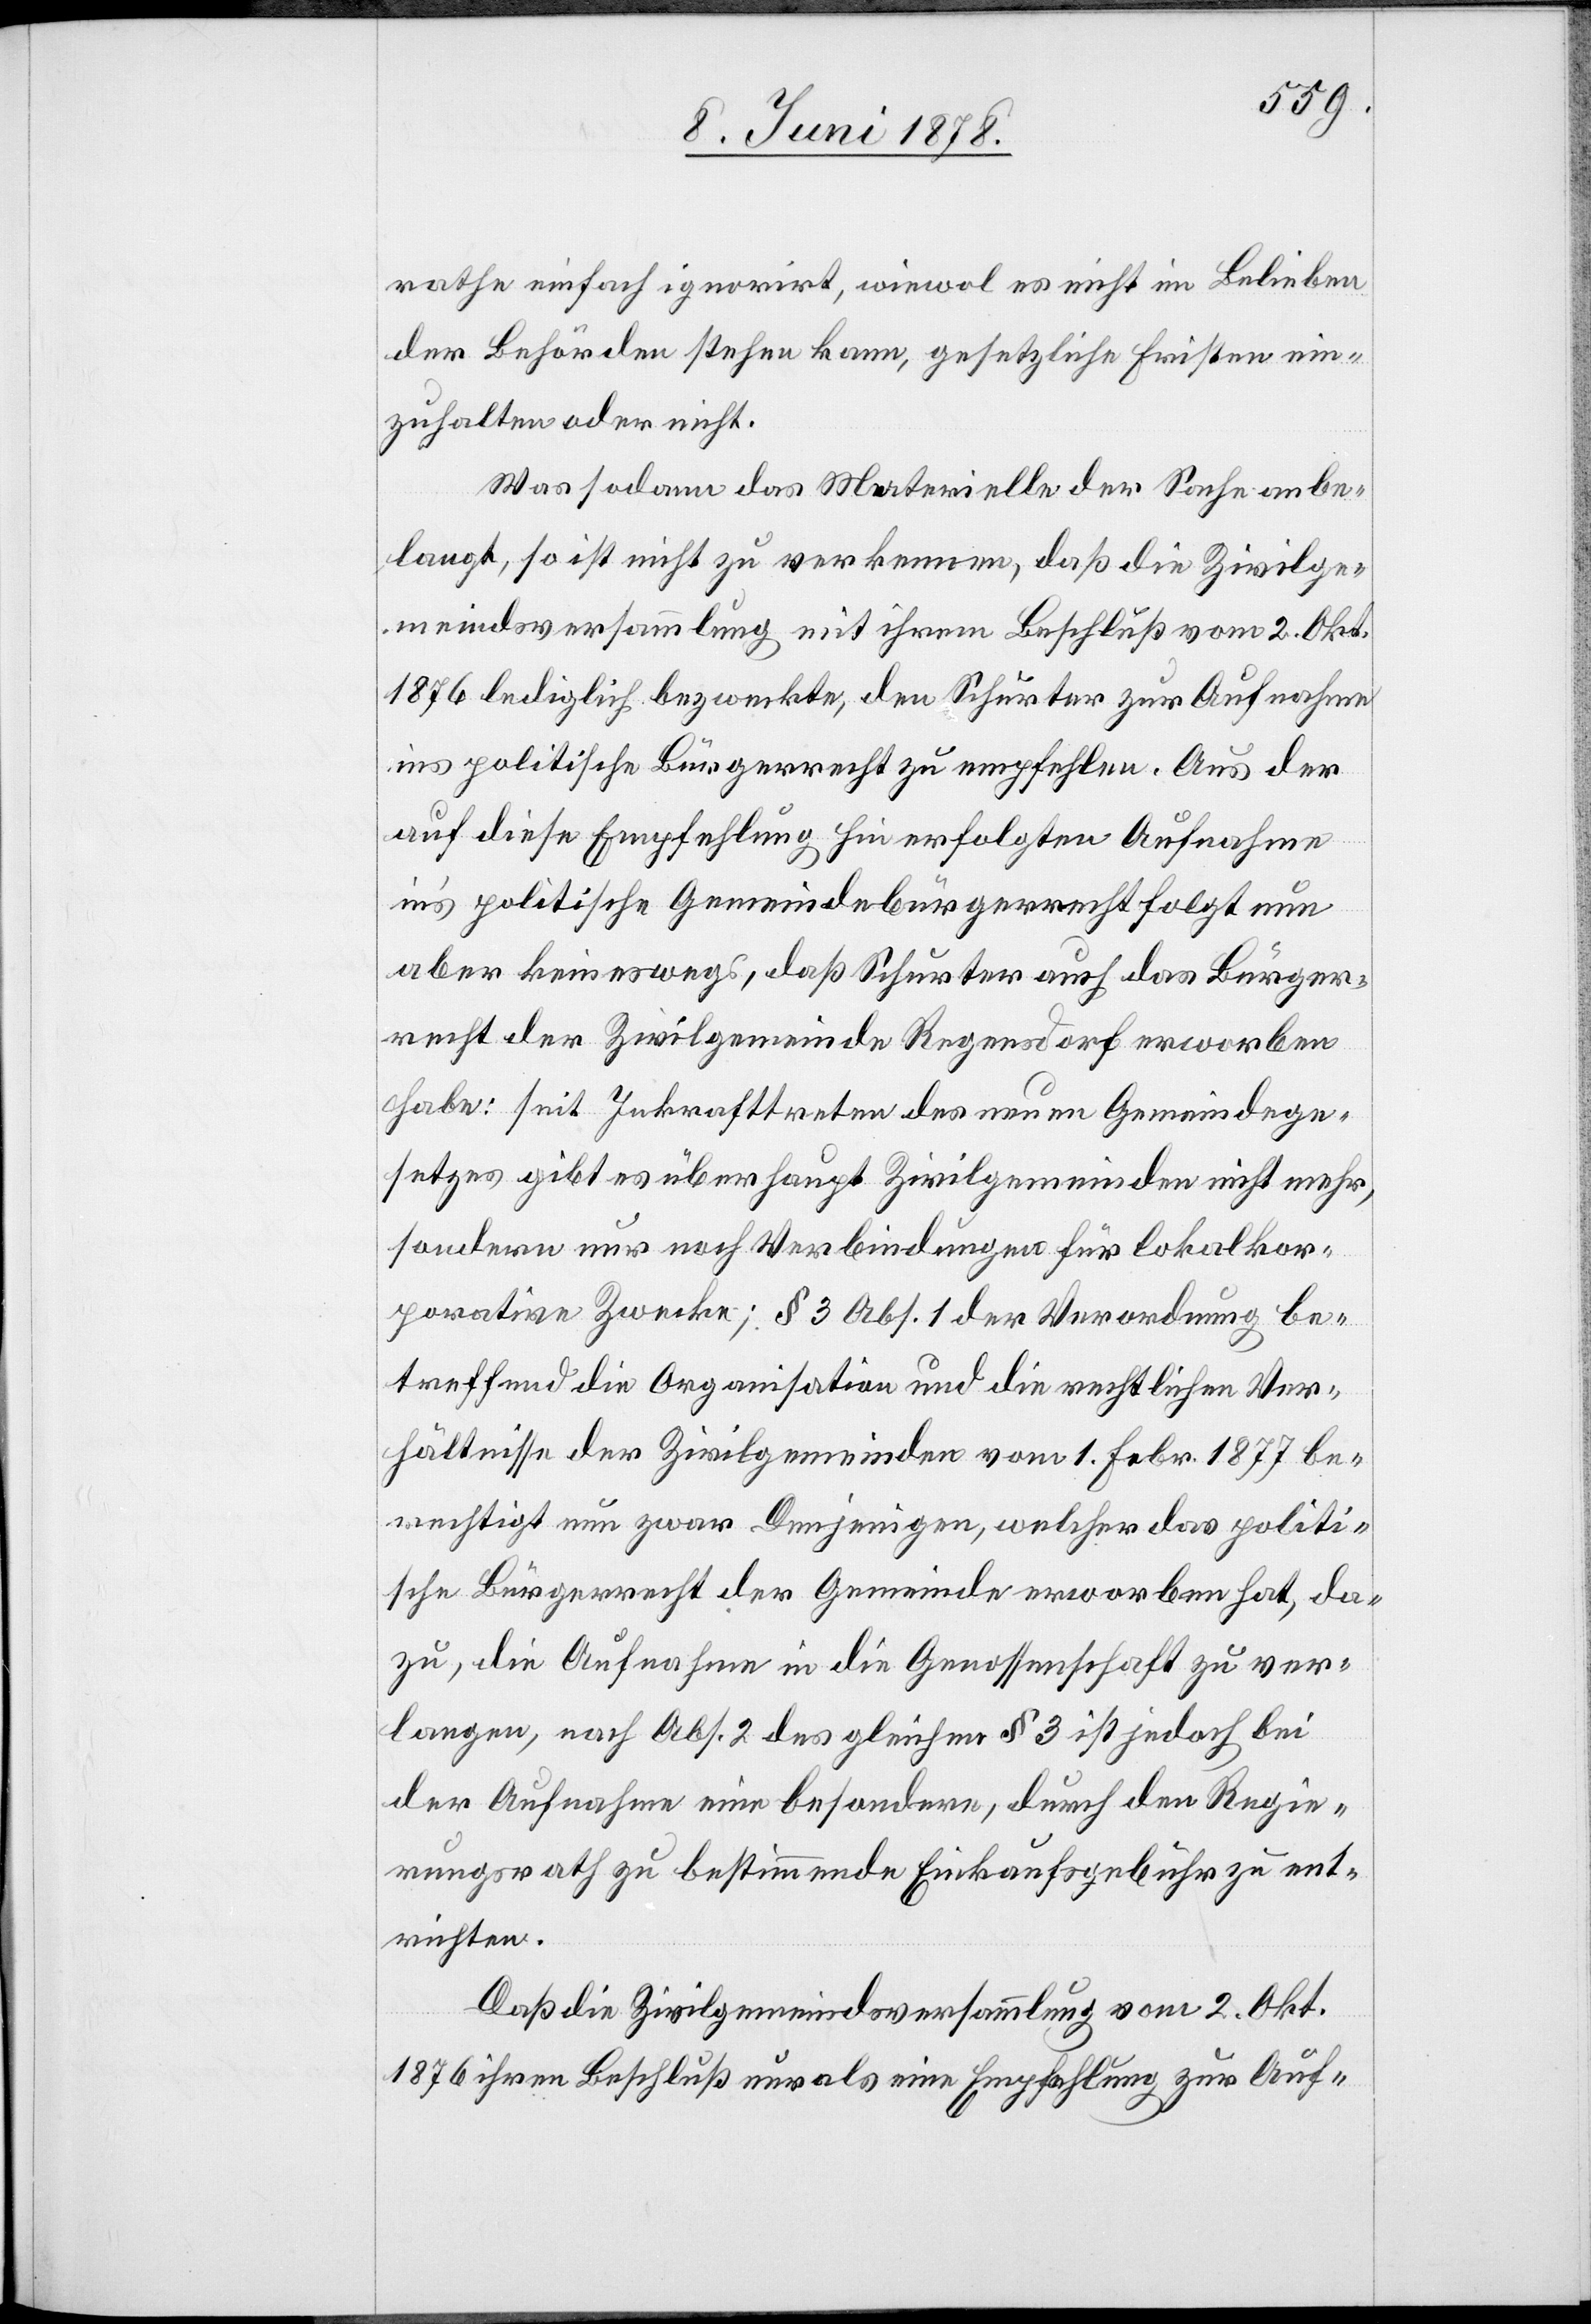
rathe einfach ignorirt, wiewol es nicht im Belieben
der Behörden stehen kann, gesetzliche Fristen ein¬
zuhalten oder nicht.
Was sodann das Materielle der Sache anbe¬
langt, so ist nicht zu verkennen, daß die Zivilge¬
meindsversammlung mit ihrem Beschluß vom 2. Okt.
1876 lediglich bezweckte, den Schurter zur Aufnahme
ins politische Bürgerrecht zu empfehlen. Aus der
auf diese Empfehlung hin erfolgten Aufnahme
in’s politische Gemeindebürgerrecht folgt nun
aber keineswegs, daß Schurter auch das Bürger¬
recht der Zivilgemeinde Regensdorf erworben
habe: seit Inkrafttreten des neuen Gemeindege¬
setzes gibt es überhaupt Zivilgemeinden nicht mehr,
sondern nur noch Verbindungen für lokalkor¬
porative Zwecke; § 3 Abs. 1 der Verordnung be¬
treffend die Organisation und die rechtlichen Ver¬
hältnisse der Zivilgemeinden vom 1. Febr. 1877 be¬
rechtigt nun zwar Denjenigen, welcher das politi¬
sche Bürgerrecht der Gemeinde erworben hat, da¬
zu, die Aufnahme in die Genossenschaft zu ver¬
langen, nach Abs. 2 des gleichen § 3 ist jedoch bei
der Aufnahme eine besondere, durch den Regie¬
rungsrath zu bestimmende Einkaufsgebühr zu ent¬
richten.
Daß die Zivilgemeindsversammlung vom 2. Okt.
1876 ihren Beschluß nur als eine Empfehlung zur Auf-